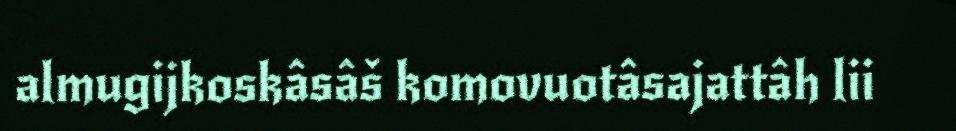
almugijkoskâsâš komovuotâsajattâh lii